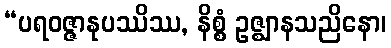
“ပရဝဇ္ဇာနုပဿိဿ, နိစ္စံ ဥဇ္ဈာနသညိနော၊